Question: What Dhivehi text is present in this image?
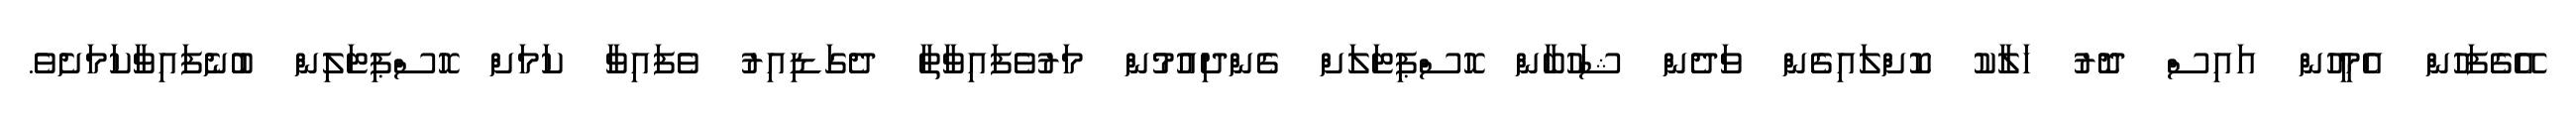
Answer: އޭގެފަހުން އެމީހުން އައިސް ދޮރު ހަލާކު ކޮށްލައިގެން ވަދެން ޝަހުބާން ހޮސްޕިޓަލަށް ގެންދިއުމުން މަރުވެފައިވާތާ ދެގަޑިއިރު ވެފައިވާ ކަމަށް ހޮސްޕިޓަލިން ބުނެފައިވާކަމަށެވެ.